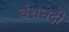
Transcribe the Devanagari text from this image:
वंशभेदी